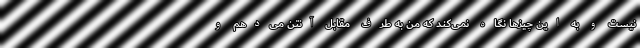
نیست و به این چیزها نگاه نمی‌کند که من به طرف مقابل آنتن می‌دهم و